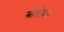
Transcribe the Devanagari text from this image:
स्त्रीसोबत